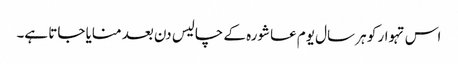
اس تہوار کو ہر سال یوم عاشورہ کے چالیس دن بعد منایا جاتا ہے۔